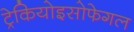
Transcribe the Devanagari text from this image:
ट्रेकियोइसोफेगल